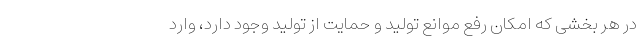
در هر بخشی که امکان رفع موانع تولید و حمایت از تولید وجود دارد، وارد